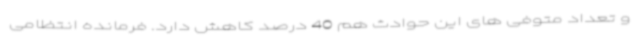
و تعداد متوفی های این حوادث هم 40 درصد کاهش دارد. فرمانده انتظامی